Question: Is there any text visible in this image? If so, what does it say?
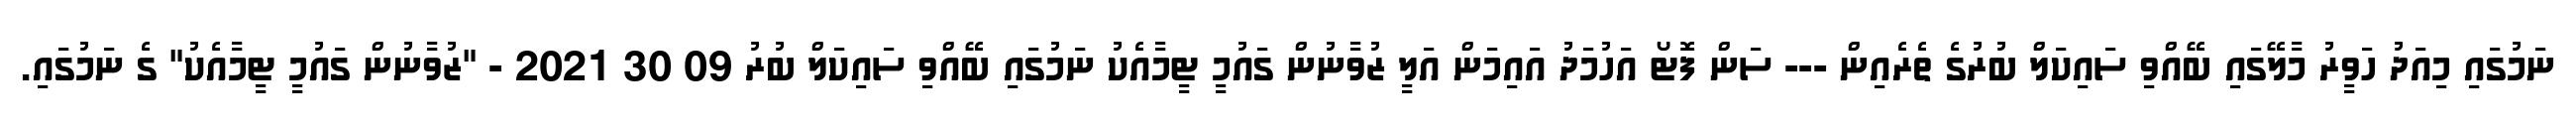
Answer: ނަމުގައި މިއަދު ހަވީރު މާލޭގައި ބޭއްވި ސައިކަލް ބުރުގެ ތެރެއިން --- ސަން ފޮޓޯ އަހުމަދު އައިމަން އަލީ ޒުވާނުން ގައުމީ ޓީމާއެކު ނަމުގައި ބޭއްވި ސައިކަލް ބުރު 09 30 2021 - "ޒުވާނުން ގައުމީ ޓީމާއެކު" ގެ ނަމުގައި.